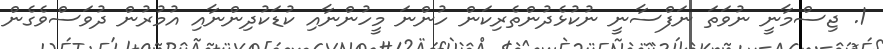
1. ޖިސްމާނީ ނުވަތަ ނަފްސާނީ ނުކުޅެދުންތެރިކަން ހުންނަ މީހުންނާއި ކުޑަކުދިންނާއި އުމުރުން ދުވަސްވެގެން